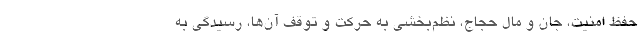
حفظ امنیت، جان و مال حجاج، نظم‌بخشی به حرکت و توقف آن‌ها، رسیدگی به